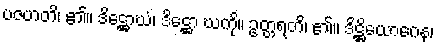
ပဇဟတိ၊ ၏။ ဒိဋ္ဌောဃံ၊ ဒိဋ္ဌော ဃကို။ ဥတ္တရတိ၊ ၏။ ဒိဋ္ဌိယောဂေန၊